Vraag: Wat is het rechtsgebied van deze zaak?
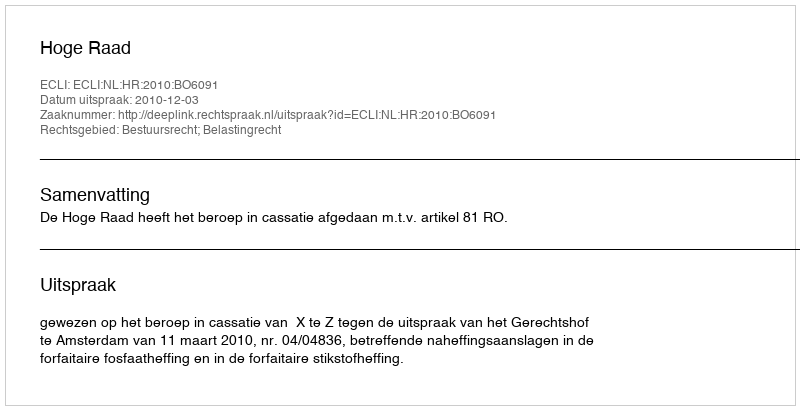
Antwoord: Bestuursrecht; Belastingrecht